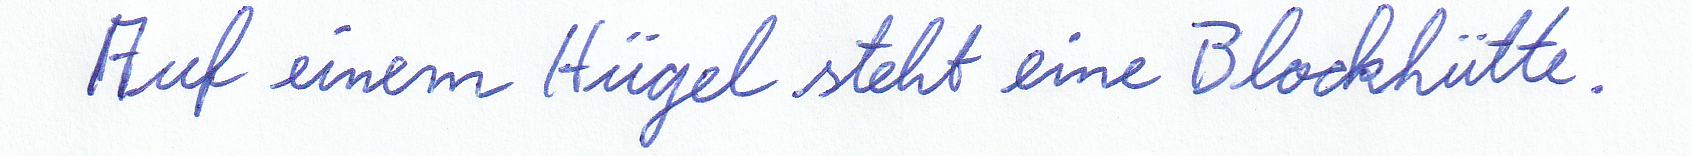
Auf einem Hügel steht eine Blockhütte.